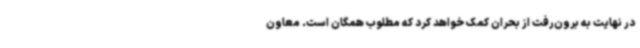
در نهایت به برون‌رفت از بحران کمک خواهد کرد که مطلوب همگان است. معاون